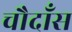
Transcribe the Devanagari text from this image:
चौदाँस